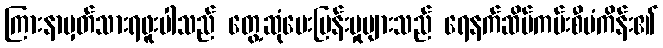
ကြားနာမှတ်သားရဖူးပါသည် တွေ့ဆုံမေးမြန်းမှုများသည် ရေနက်ဆိပ်ကမ်းစီမံကိန်း၏